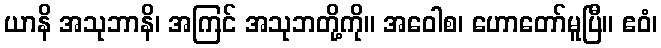
ယာနိ အသုဘာနိ၊ အကြင် အသုဘတို့ကို။ အဝေါစ၊ ဟောတော်မူပြီ။ ဧဝံ၊